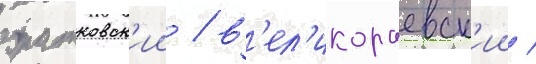
братковск'ии / в'ел'икораевск'ии /